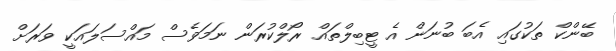
ބޭންކް ތަކުގައި އެބަ ބުނަން އެ ޓީބިލްތައް ރޯލްކުރަން ނަމަވެސް މައްސަލައަކީ ވަރަށް